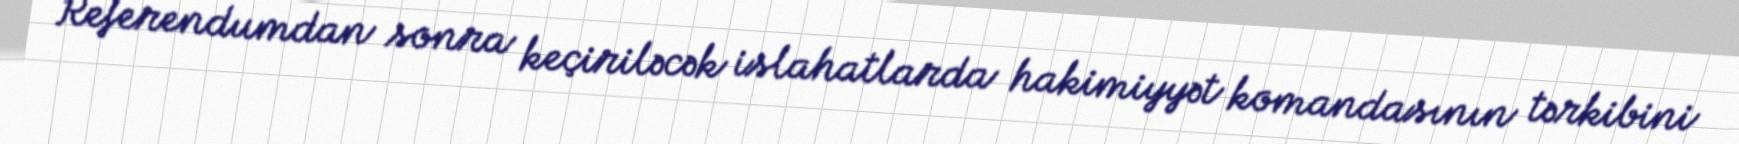
Referendumdan sonra keçiriləcək islahatlarda hakimiyyət komandasının tərkibini